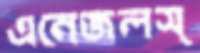
এনেজলস্